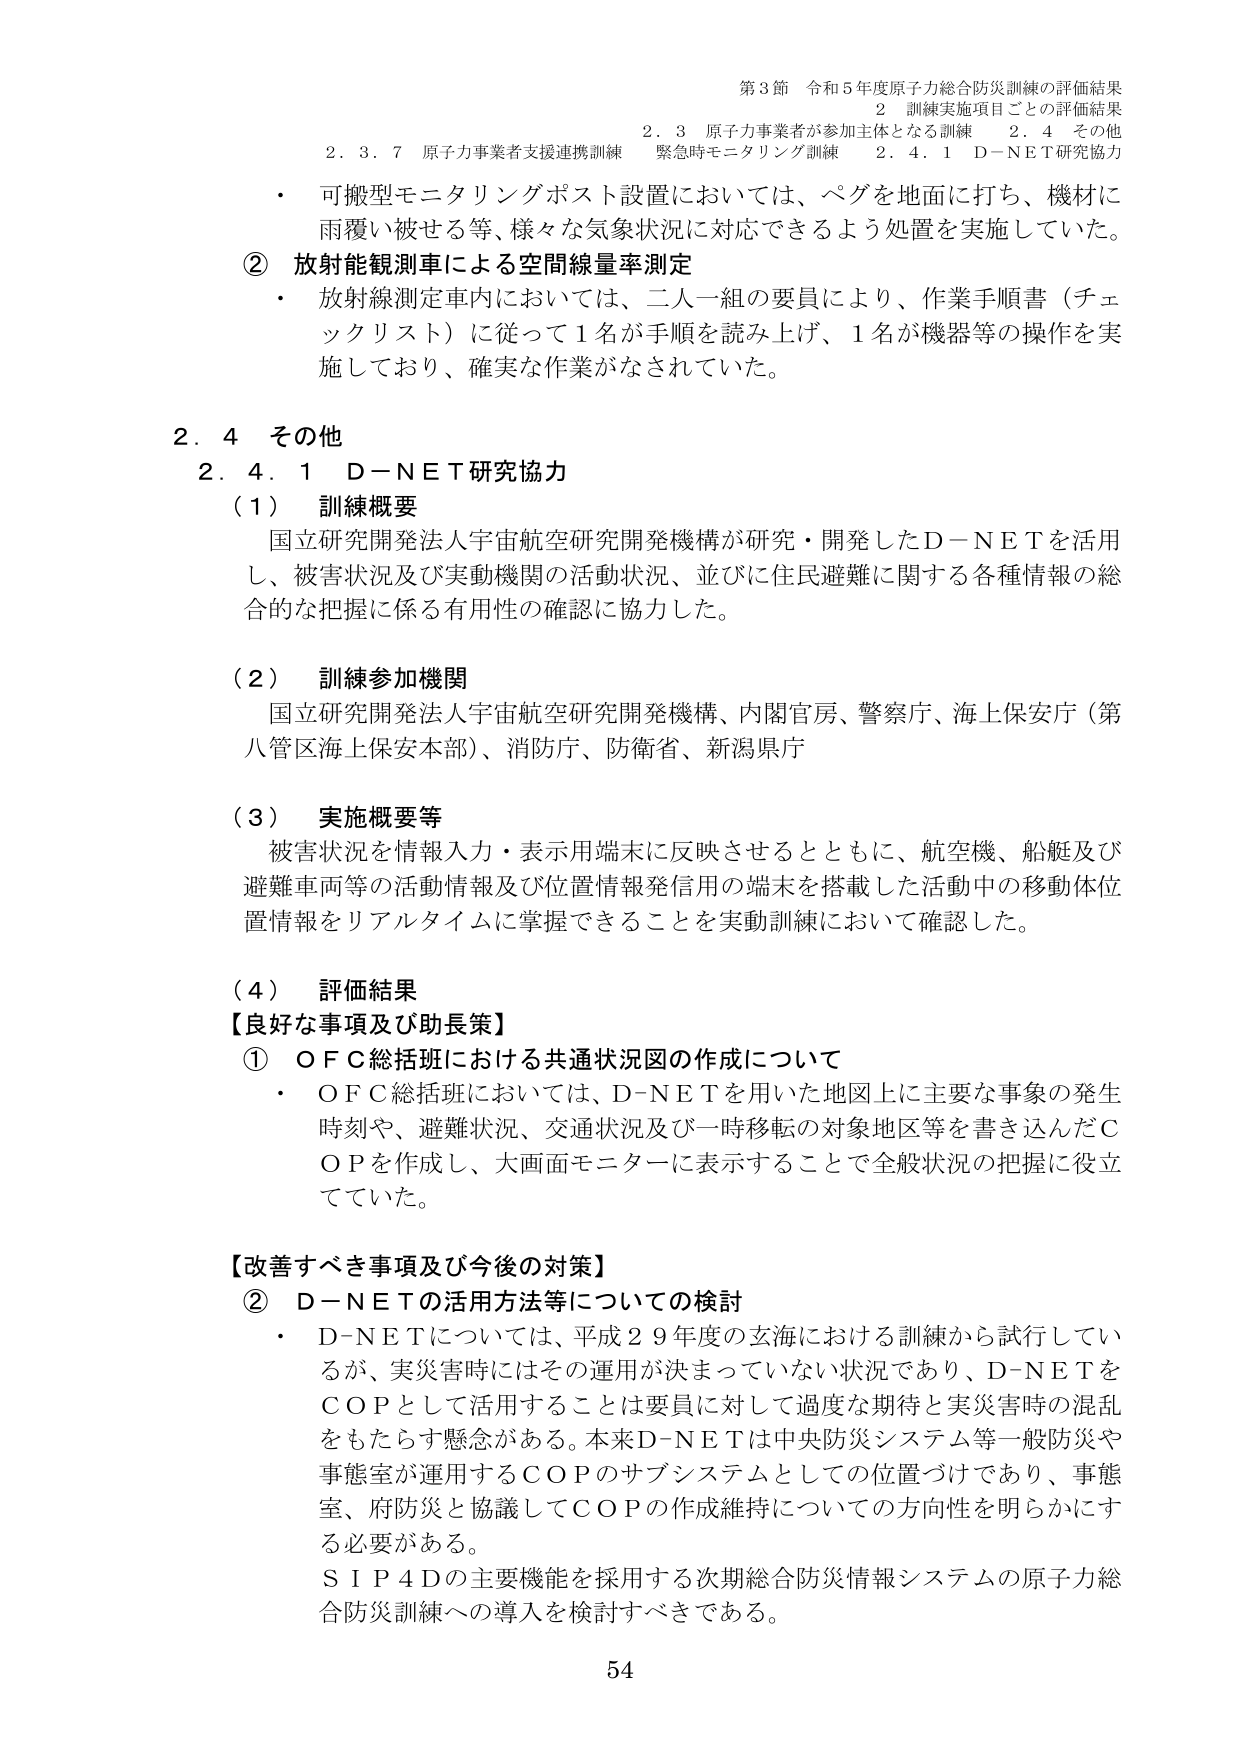
第3節 令和5年度原子力総合防災訓練の評価結果
2 訓練実施項目ごとの評価結果
2.3 原子力事業者が参加主体となる訓練 2.4 その他
緊急時モニタリング訓練 2.4.1 D-NET研究協力
2.3.7 原子力事業者支援連携訓練

・ 可搬型モニタリングポスト設置においては、ペグを地面に打ち、機材に雨覆い被せる等、様々な気象状況に対応できるよう処置を実施していた。

② 放射能観測車による空間線量率測定
・ 放射線測定車内においては、二人一組の要員により、作業手順書（チェックリスト）に従って1名が手順を読み上げ、1名が機器等の操作を実施しており、確実な作業がなされていた。

2.4 その他
2.4.1 D-NET研究協力

（1） 訓練概要
国立研究開発法人宇宙航空研究開発機構が研究・開発したD-NETを活用し、被害状況及び実動機関の活動状況、並びに住民避難に関する各種情報の総合的な把握に係る有用性の確認に協力した。

（2） 訓練参加機関
国立研究開発法人宇宙航空研究開発機構、内閣官房、警察庁、海上保安庁（第八管区海上保安本部）、消防庁、防衛省、新潟県庁

（3） 実施概要等
被害状況を情報入力・表示用端末に反映させるとともに、航空機、船艇及び避難車両等の活動情報及び位置情報発信用の端末を搭載した活動中の移動体位置情報をリアルタイムに掌握できることを実動訓練において確認した。

（4） 評価結果
【良好な事項及び助長策】
① O F C総括班における共通状況図の作成について
・ O F C総括班においては、D-NETを用いた地図上に主要な事象の発生時刻や、避難状況、交通状況及び一時移転の対象地区等を書き込んだC O Pを作成し、大画面モニターに表示することで全般状況の把握に役立てていた。

【改善すべき事項及び今後の対策】
② D-NETの活用方法等についての検討
・ D-NETについては、平成29年度の玄海における訓練から試行しているが、実災害時にはその運用が決まっていない状況であり、D-NETをC O Pとして活用することは要員に対して過度な期待と実災害時の混乱をもたらす懸念がある。本来D-NETは中央防災システム等一般防災や事態室が運用するC O Pのサブシステムとしての位置づけであり、事態室、府防災と協議してC O Pの作成維持についての方向性を明らかにする必要がある。
S I P4Dの主要機能を採用する次期総合防災情報システムの原子力総合防災訓練への導入を検討すべきである。

54